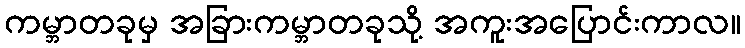
ကမ္ဘာတခုမှ အခြားကမ္ဘာတခုသို့ အကူးအပြောင်းကာလ။